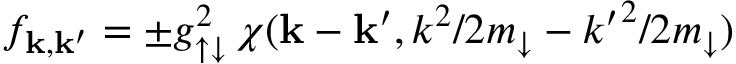
f _ { \mathbf k , \mathbf k ^ { \prime } } = \pm g _ { \uparrow \downarrow } ^ { 2 } \, \chi ( \mathbf { k } - \mathbf { k } ^ { \prime } , k ^ { 2 } / 2 m _ { \downarrow } - { k ^ { \prime } } ^ { 2 } / 2 m _ { \downarrow } )